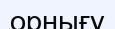
орнығу